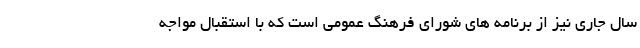
سال جاری نیز از برنامه های شورای فرهنگ عمومی است که با استقبال مواجه